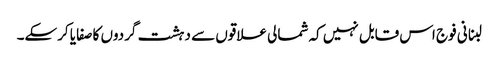
لبنانی فوج اس قابل نہیں کہ شمالی علاقوں سے دہشت گردوں کا صفایا کرسکے۔